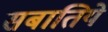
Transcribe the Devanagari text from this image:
सबातिये